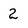
Character: 2